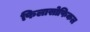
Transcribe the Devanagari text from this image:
फिलासोफिकल